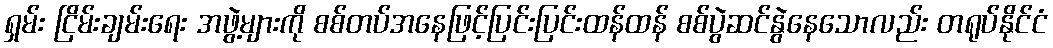
ရှမ်း ငြိမ်းချမ်းရေး အဖွဲ့များကို စစ်တပ်အနေဖြင့်ပြင်းပြင်းထန်ထန် စစ်ပွဲဆင်နွဲနေသောလည်း တရုပ်နိုင်ငံ